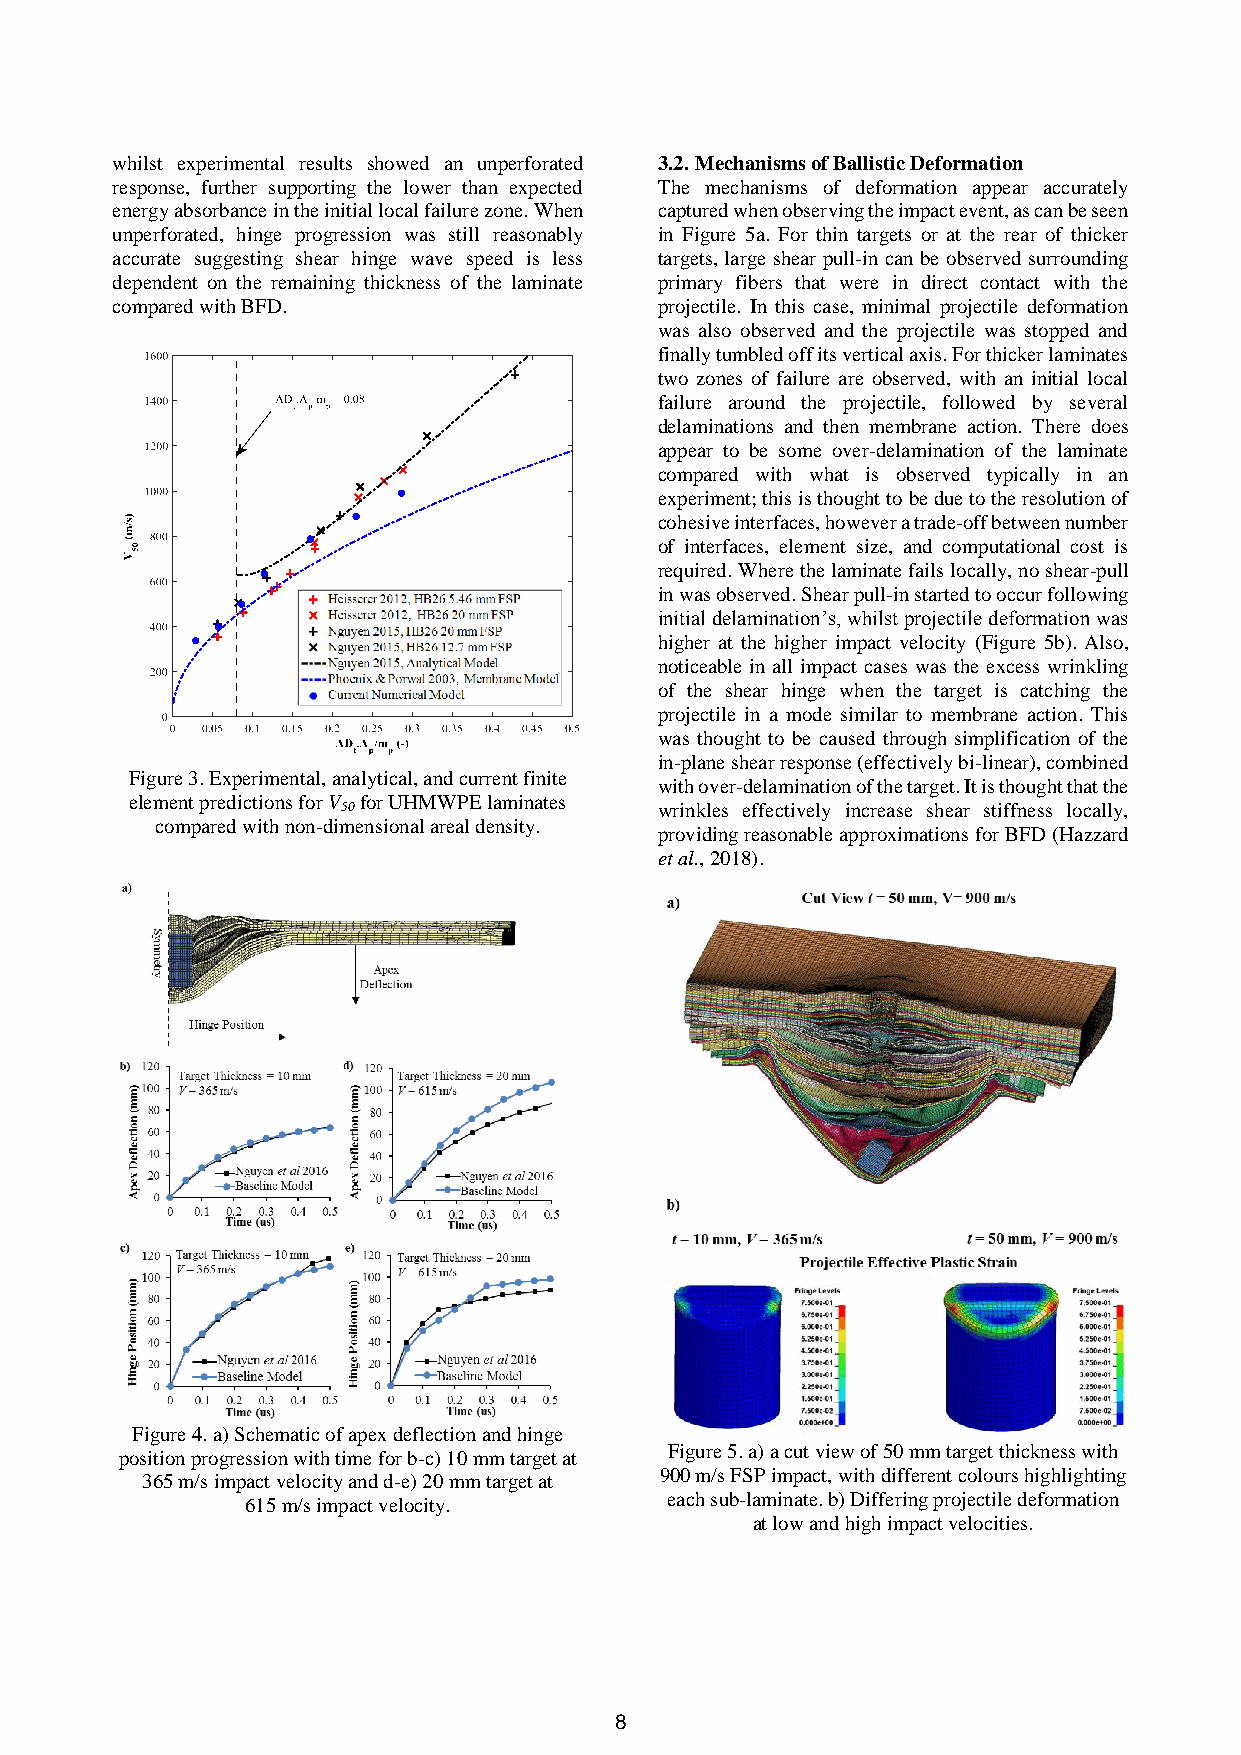
whilst experimental results showed an unperforated 3.2. Mechanisms of Ballistic Deformation
 response, further supporting the lower than expected The mechanisms of deformation appear accurately
 energy absorbance in the initial local failure zone. When captured when observing the impact event, as can be seen
 unperforated, hinge progression was still reasonably in Figure 5a. For thin targets or at the rear of thicker
 accurate suggesting shear hinge wave speed is less targets, large shear pull-in can be observed surrounding
 dependent on the remaining thickness of the laminate primary fibers that were in direct contact with the
 compared with BFD.                   projectile. In this case, minimal projectile deformation
 was also observed and the projectile was stopped and
 finally tumbled off its vertical axis. For thicker laminates
 two zones of failure are observed, with an initial local
 failure around the projectile, followed by several
 delaminations and then membrane action. There does
 appear to be some over-delamination of the laminate
 compared with what is observed typically in an
 experiment; this is thought to be due to the resolution of
 cohesive interfaces, however a trade-off between number
 of interfaces, element size, and computational cost is
 required. Where the laminate fails locally, no shear-pull
 in was observed. Shear pull-in started to occur following
 initial delamination’s, whilst projectile deformation was
 higher at the higher impact velocity (Figure 5b). Also,
 noticeable in all impact cases was the excess wrinkling
 of the shear hinge when the target is catching the
 projectile in a mode similar to membrane action. This
 was thought to be caused through simplification of the
 in-plane shear response (effectively bi-linear), combined
 Figure 3. Experimental, analytical, and current finite
 with over-delamination of the target. It is thought that the
 element predictions for V for UHMWPE laminates
 50                   wrinkles effectively increase shear stiffness locally,
 compared with non-dimensional areal density.
 providing reasonable approximations for BFD (Hazzard
 et al., 2018).
 Figure 4. a) Schematic of apex deflection and hinge
 Figure 5. a) a cut view of 50 mm target thickness with
 position progression with time for b-c) 10 mm target at
 900 m/s FSP impact, with different colours highlighting
 365 m/s impact velocity and d-e) 20 mm target at
 each sub-laminate. b) Differing projectile deformation
 615 m/s impact velocity.
 at low and high impact velocities.
 8